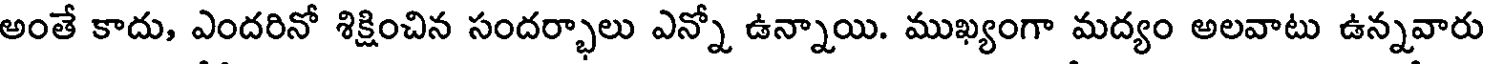
అంతే కాదు, ఎందరినో శిక్షించిన సందర్భాలు ఎన్నో ఉన్నాయి. ముఖ్యంగా మద్యం అలవాటు ఉన్నవారు